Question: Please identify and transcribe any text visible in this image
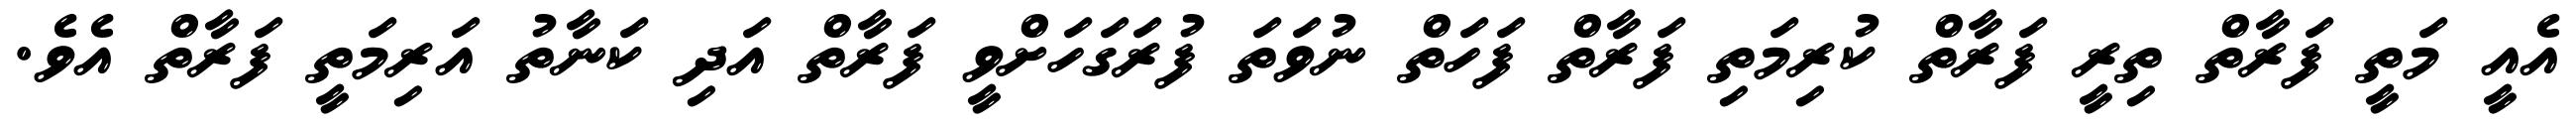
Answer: އެއީ މަތީ ފަރާތް ތިރީ ފަރާތް ކުރިމަތި ފަރާތް ފަހަތް ނުވަތަ ފުރަގަހަށްވީ ފަރާތް އަދި ކަނާތު އަރިމަތީ ފަރާތް އެވެ.